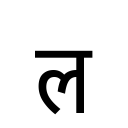
OCR:
ल